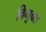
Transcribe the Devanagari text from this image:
विभुक्त